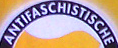
ANTIFASCHISTISCHE